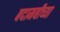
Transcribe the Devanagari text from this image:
बदामबीच्या